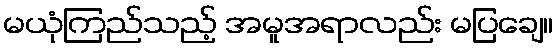
မယုံကြည်သည့် အမူအရာလည်း မပြချေ။